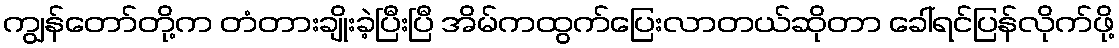
ကျွန်တော်တို့က တံတားချိုးခဲ့ပြီးပြီ အိမ်ကထွက်ပြေးလာတယ်ဆိုတာ ခေါ်ရင်ပြန်လိုက်ဖို့